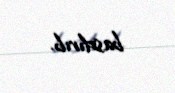
basdırıb.